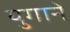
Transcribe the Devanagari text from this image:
युगाने